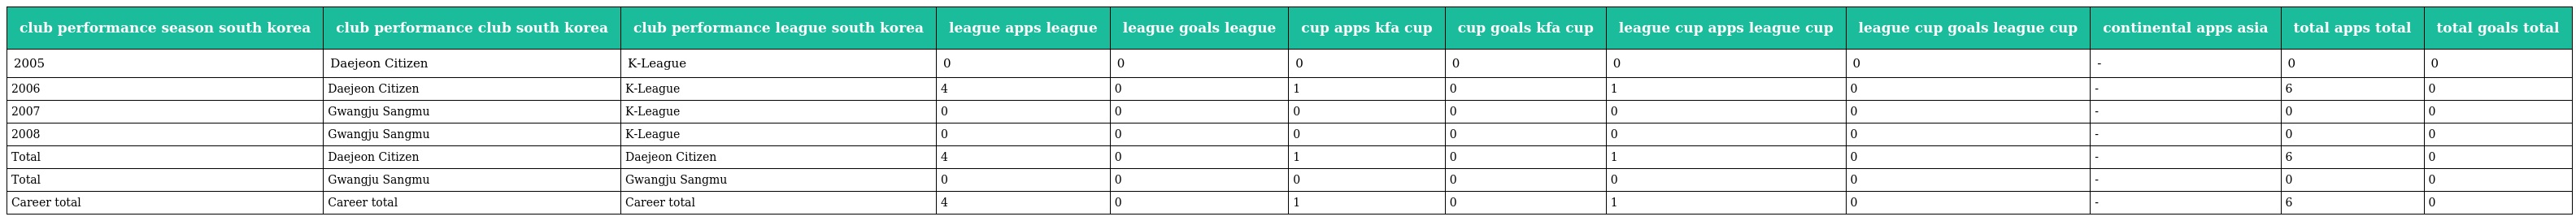
| club performance season south korea | club performance club south korea | club performance league south korea | league apps league | league goals league | cup apps kfa cup | cup goals kfa cup | league cup apps league cup | league cup goals league cup | continental apps asia | total apps total | total goals total |
 | --- | --- | --- | --- | --- | --- | --- | --- | --- | --- | --- | --- |
 | 2005 | Daejeon Citizen | K-League | 0 | 0 | 0 | 0 | 0 | 0 | - | 0 | 0 |
 | 2006 | Daejeon Citizen | K-League | 4 | 0 | 1 | 0 | 1 | 0 | - | 6 | 0 |
 | 2007 | Gwangju Sangmu | K-League | 0 | 0 | 0 | 0 | 0 | 0 | - | 0 | 0 |
 | 2008 | Gwangju Sangmu | K-League | 0 | 0 | 0 | 0 | 0 | 0 | - | 0 | 0 |
 | Total | Daejeon Citizen | Daejeon Citizen | 4 | 0 | 1 | 0 | 1 | 0 | - | 6 | 0 |
 | Total | Gwangju Sangmu | Gwangju Sangmu | 0 | 0 | 0 | 0 | 0 | 0 | - | 0 | 0 |
 | Career total | Career total | Career total | 4 | 0 | 1 | 0 | 1 | 0 | - | 6 | 0 |